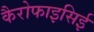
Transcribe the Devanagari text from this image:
कैरोफाइसिई